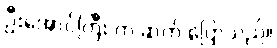
ဦးအောင်ကြီး က ဆက် ပြောသည်။